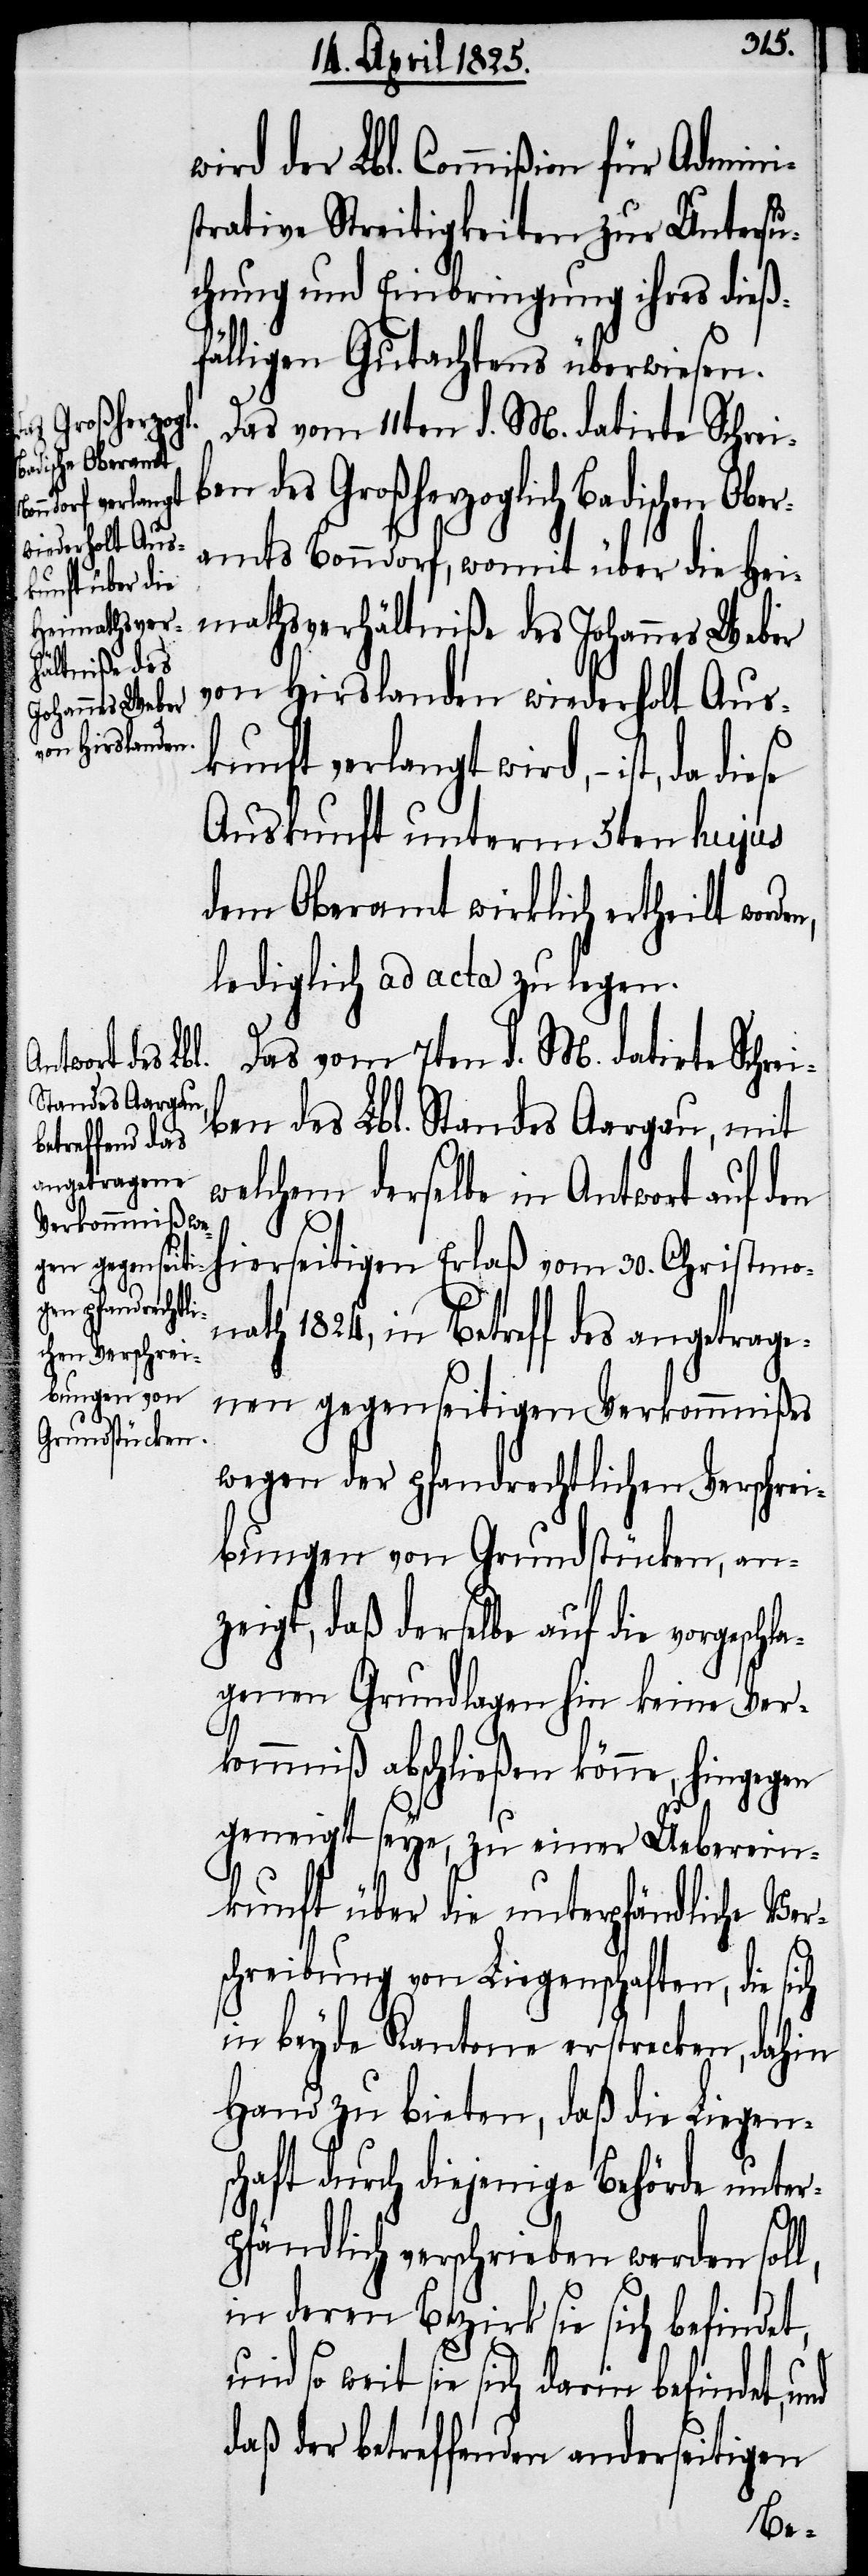
l,
n,

wird der Lbl. Commißion für Admini¬
strative Streitigkeiten zur Untersu¬
chung und Einbringung ihres dieß¬
fälligen Gutachtens überwiesen.
Das vom 11ten d. M. datirte Schrei¬
n des Großherzoglich Badischen Ob¬
eramts Bonndorf, womit über die Hei¬
mathsverhältniße des Johannes Weber
von Hirslanden wiederholt Aus¬
kunft verlangt wird, − ist, da
Auskunft unterm 5ten hujus
dem Oberamt wirklich ertheilt worde¬
lediglich ad acta zu legen.
Das vom 7ten d. M. datirte Schrei¬
ben des Lbl. Standes Aargau, mit
welchem derselbe in Antwort auf den
hierseitigen Erlaß vom 30. Christmo¬
nath 1824, in Betreff des angetrage¬
nen gegenseitigen Verkommnißes
wegen der pfandrechtlichen Verschrei¬
bungen von Grundstücken, an¬
zeigt, daß derselbe auf die vorgesch¬
genen Grundlagen hin keine Ver¬
kommniß abschließen könne, hingegen
geneigt seye, zu einer Ueberein¬
kunft über die unterpfändliche Ver¬
schreibung von Liegenschaften, die si¬
in beyde Kantone erstrecken, dahin
Hand zu bieten, daß die Liegen¬
schaft durch diejenige Behörde unter¬
pfändlich verschrieben werden sol¬
in deren Bezirk sie sich befindet,
und so weit sie sich darin befindet, und
daß der betreffenden anderseitigen
be¬